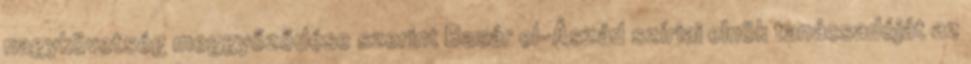
nagykövetség meggyőződése szerint Basár el-Ászád szíriai elnök tanácsadóját az